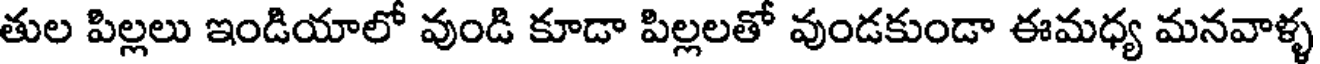
తుల పిల్లలు ఇండియాలో వుండి కూడా పిల్లలతో వుండకుండా ఈమధ్య మనవాళ్ళ